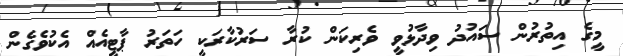
މީގެ އިތުރުން ސައުދު ވިދާޅުވީ ވެރިކަން ކުރާ ސަރުކާރަކީ ހަތަރު ޕާޓީއެއް އެކުވެގެން